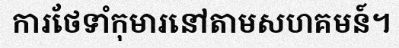
ការថែទាំកុមារនៅតាមសហគមន៍។